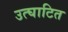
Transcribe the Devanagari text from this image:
उत्घाटित